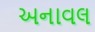
અનાવલ